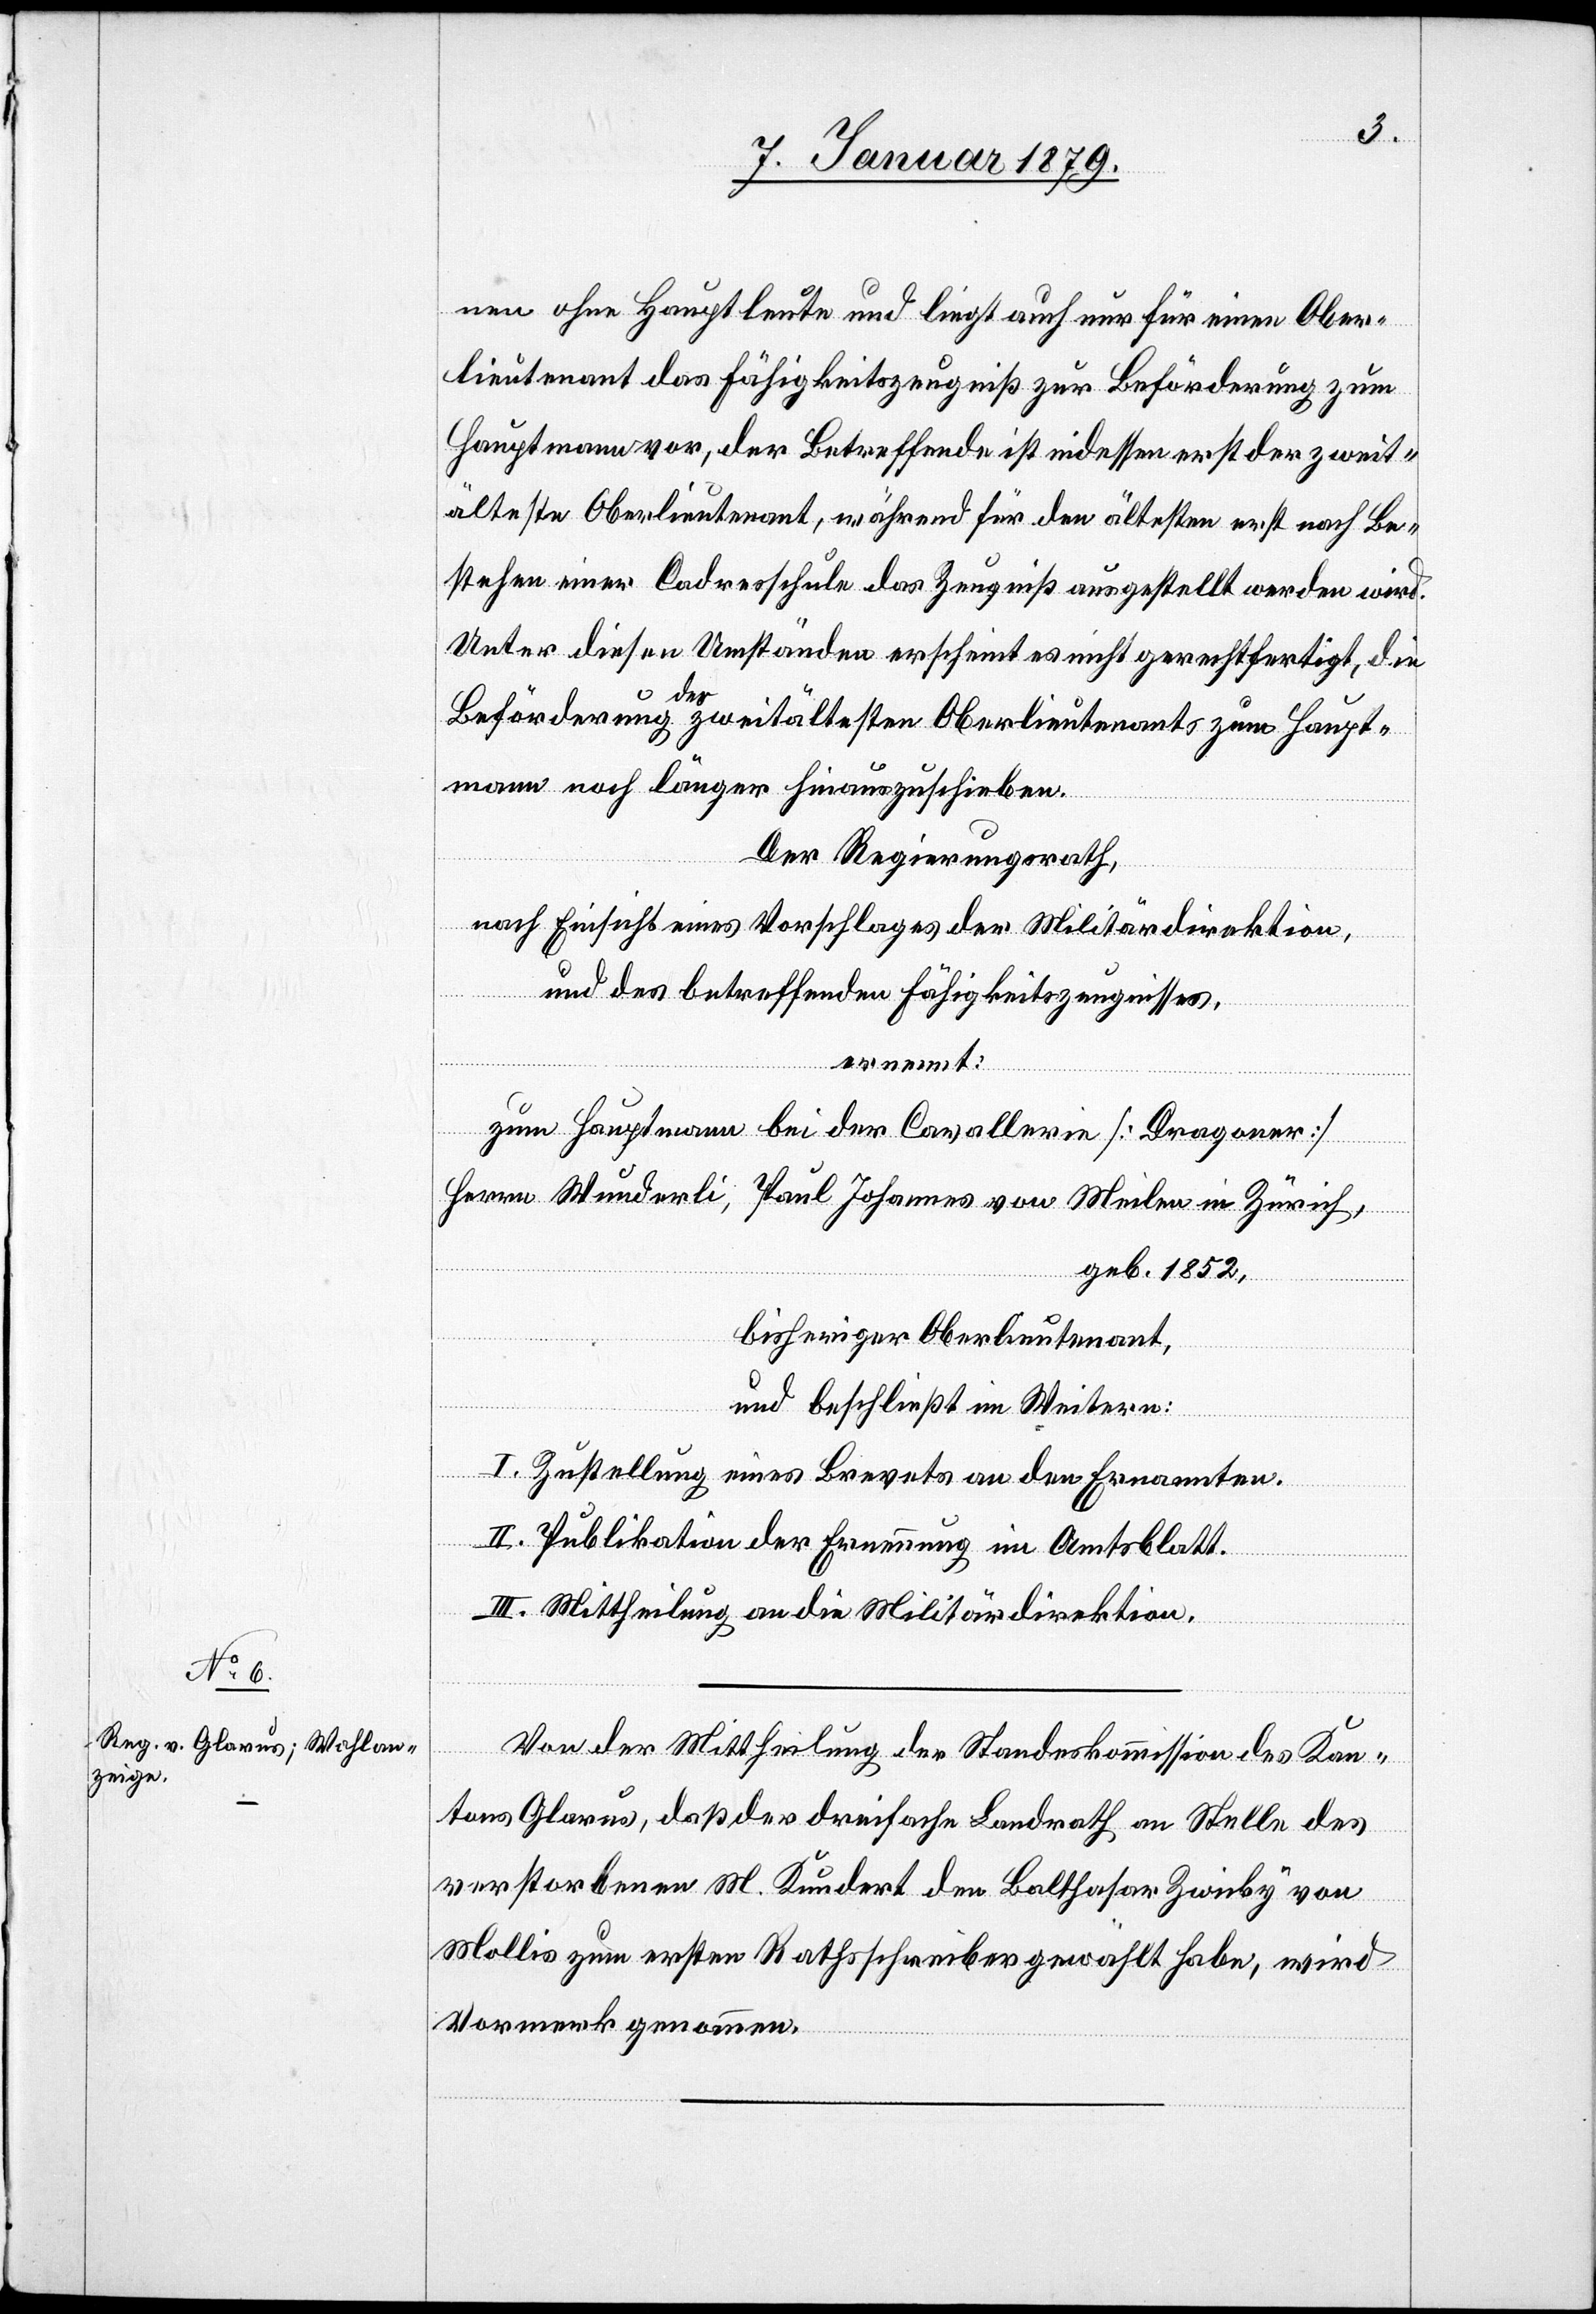
nen ohne Hauptleute und liegt auch nur für einen Ober¬
lieutenant das Fähigkeitszeugniß zur Beförderung zum
Hauptmann vor, der Betreffende ist indessen erst der zweit¬
älteste Oberlieutenant, während für den ältesten erst nach Be¬
stehen einer Cadreschule das Zeugniß ausgestellt werden wird.
Unter diesen Umständen erscheint es nicht gerechtfertigt, die
Beförderung a-des-a zweitältesten Oberlieutenants zum Haupt¬
mann noch länger hinauszuschieben.
Der Regierungsrath,
nach Einsicht eines Antrages der Militärdirektion,
und des betreffenden Fähigkeitszeugnisses,
ernennt:
zum Hauptmann bei der Cavallerie [Dragoner]
Herrn Wunderli, Paul Johannes von Meilen in Zürich,
geb. 1852.,
bisheriger Oberlieutenant,
und beschließt im Weitern:
I. Zustellung eines Brevets an den Ernannten.
II. Publikation der Ernennung im Amtsblatt.
III. Mittheilung an die Militärdirektion.
Von der Mittheilung der Standeskommission des Kan¬
tons Glarus, daß der dreifache Landrath an Stelle des
verstorbenen M. Kundert den Balthasar Zwicky von
Mollis zum ersten Rathsschreiber gewählt habe, wird
Vormerk genommen.